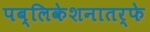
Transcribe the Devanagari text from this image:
पब्लिकेशनातर्फे